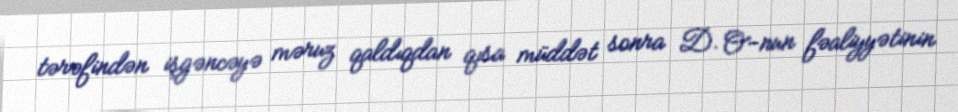
tərəfindən işgəncəyə məruz qaldıqdan qısa müddət sonra D. O-nun fəaliyyətinin